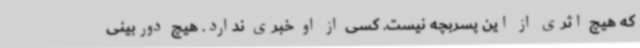
که هیچ اثری از این پسربچه نیست. کسی از او خبری ندارد. هیچ دوربینی